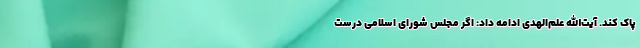
پاک کند. آیت‌الله علم‌الهدی ادامه داد: اگر مجلس شورای اسلامی درست